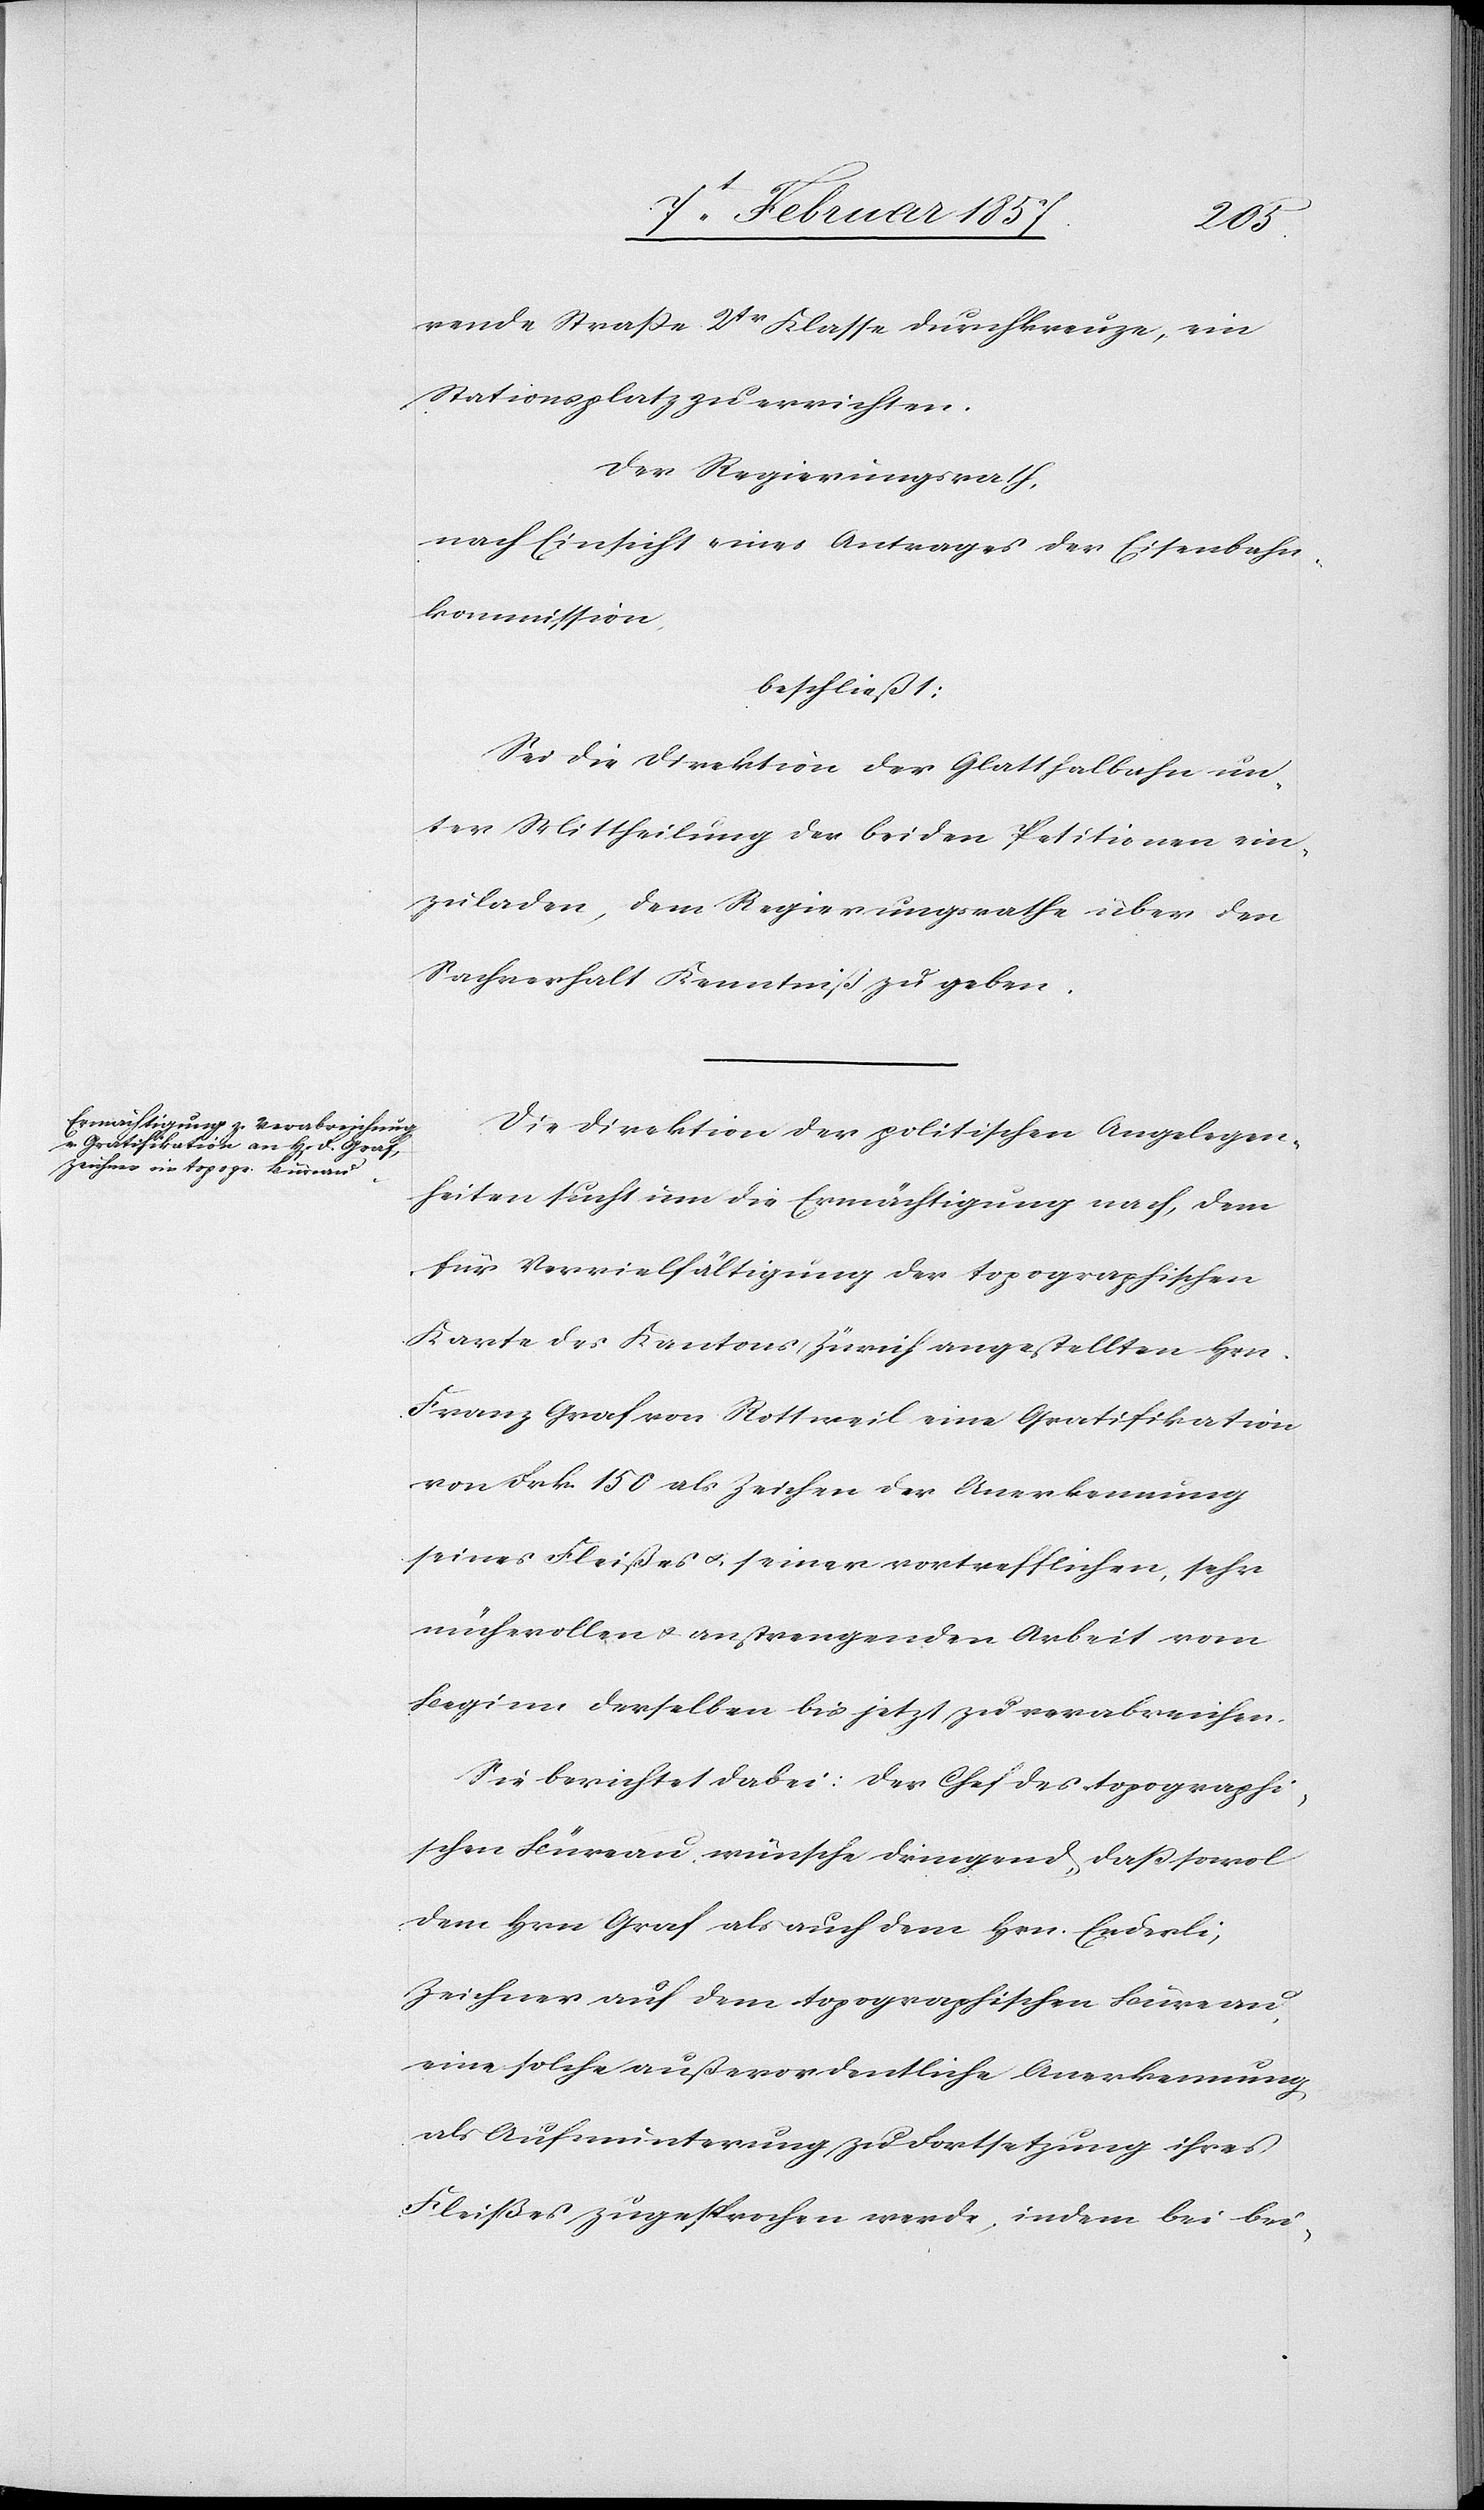
rende Strasse 2tr Klasse durchkreuze, ein
Stationsplatz zu errichten.
Der Regierungsrath,
nach Einsicht eines Antrages der Eisenbahn¬
kommission,
beschließt:
Sei die Direktion der Glatthalbahn un¬
ter Mittheilung der beiden Petitionen ein¬
zuladen, dem Regierungsrathe über den
Sachverhalt Kenntniß zu geben.
Die Direktion der politischen Angelegen¬
heiten sucht um die Ermächtigung nach, dem
für Vervielfältigung der topographischen
Karte des Kantons Zürich angestellten Hrn.
Franz Graf von Rottweil eine Gratifikation
von Frk. 150 als Zeichen der Anerkennung
seines Fleißes u. seiner vortrefflichen, sehr
mühevollen u. anstrengenden Arbeit vom
Beginn derselben bis jetzt zu verabreichen.
Sie berichtet dabei: Der Chef des topographi¬
schen Büreau wünsche dringend, daß sowol
dem Hrn Graf als auch dem Hrn. Enderli,
Zeichner auf dem topographischen Büreau,
eine solche außerordentliche Anerkennung
als Aufmunterung zu Fortsetzung ihres
Fleißes zugesprochen werde, indem bei bei-